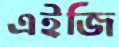
এইজি